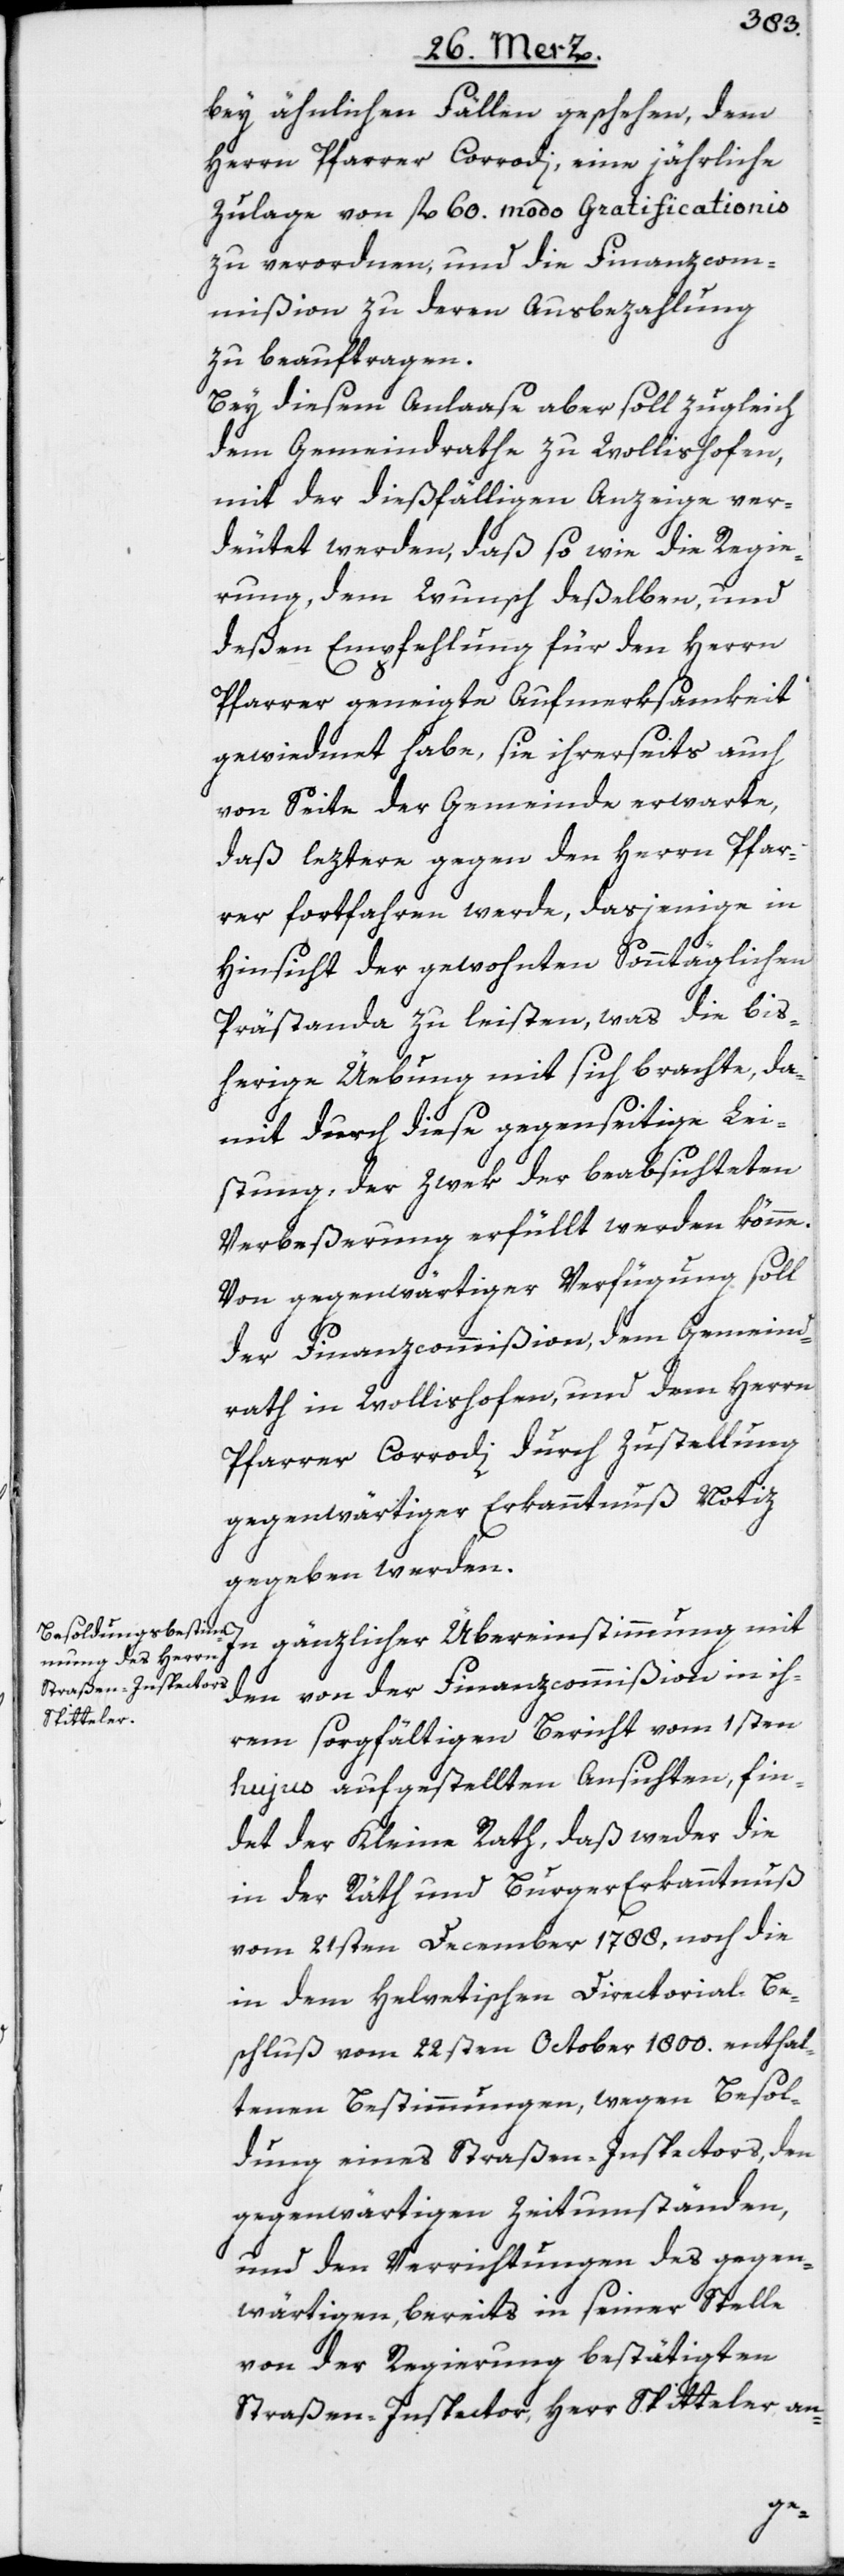
bey ähnlichen Fällen geschehen, dem
Herrn Pfarrer Corrodi, eine jährliche
Zulage von fl. 60. modo Gratificationis
zu verordnen, und die Finanzcom¬
mißion zu deren Ausbezahlung
zu beauftragen.
Bey diesem Anlaase aber soll zugleich
dem Gemeindrathe zu Wollishofen,
mit der dießfälligen Anzeige ver¬
deutet werden, daß so wie die Regie¬
rung, dem Wunsch deßelben, und
deßen Empfehlung für den Herrn
Pfarrer geneigte Aufmerksammkeit
gewiedmet habe, sie ihrerseits auch
von Seite der Gemeinde erwarte,
daß leztere gegen den Herrn Pfar¬
rer fortfahren werde, dasjenige in
Hinsicht der gewohnten Sonntäglichen
Prästanda zu leisten, was die bis¬
herige Üebung mit sich brachte, da¬
mit durch diese gegenseitige Lei¬
stung, der Zwek der beabsichteten
Verbeßerung erfüllt werden könne.
Von gegenwärtiger Verfügung soll
der Finanzcommißion, dem Gemeind¬
rath in Wollishofen, und dem Herrn
Pfarrer Corrodi durch Zustellung
gegenwärtiger Erkanntnuß Notiz
gegeben werden.
In gänzlicher Übereinstimmung mit
den von der Finanzcommißion in ih¬
rem sorgfältigen Bericht vom 1sten
hujus aufgestellten Ansichten, fin¬
det der Kleine Rath, daß weder die
in der Räth[-] und Burger[-]Erkanntnuß
vom 21sten December 1788, noch die
in dem Helvetischen Directorial-Be¬
schluß vom 22sten October 1800. enthal¬
tenen Bestimmungen, wegen Besol¬
dung eines Straßen-Inspectors, den
gegenwärtigen Zeitumständen,
und den Verrichtungen des gegen¬
wärtigen, bereits in seiner Stelle
von der Regierung bestätigten
Straßen-Inspector, Herr Spitteler an-